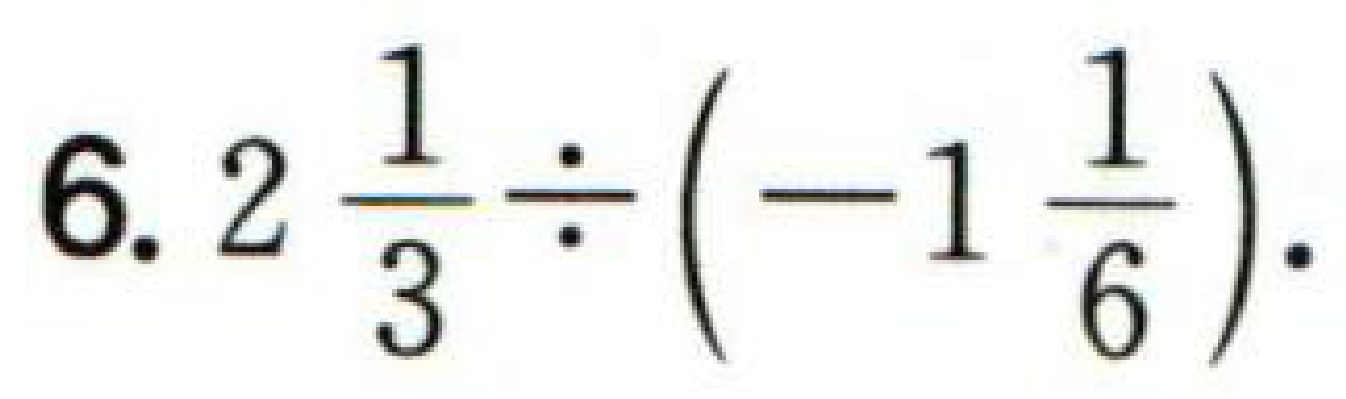
$6.2\frac{1}{3}\div\left(-1\frac{1}{6}\right).$